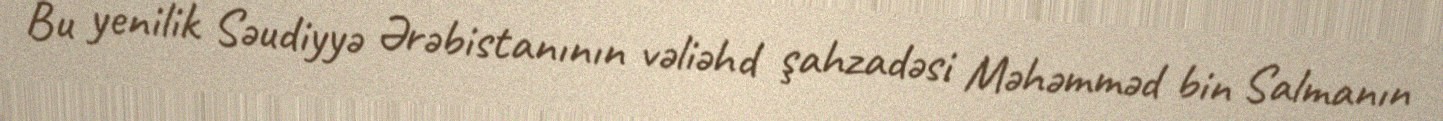
Bu yenilik Səudiyyə Ərəbistanının vəliəhd şahzadəsi Məhəmməd bin Salmanın